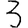
Digit: 3